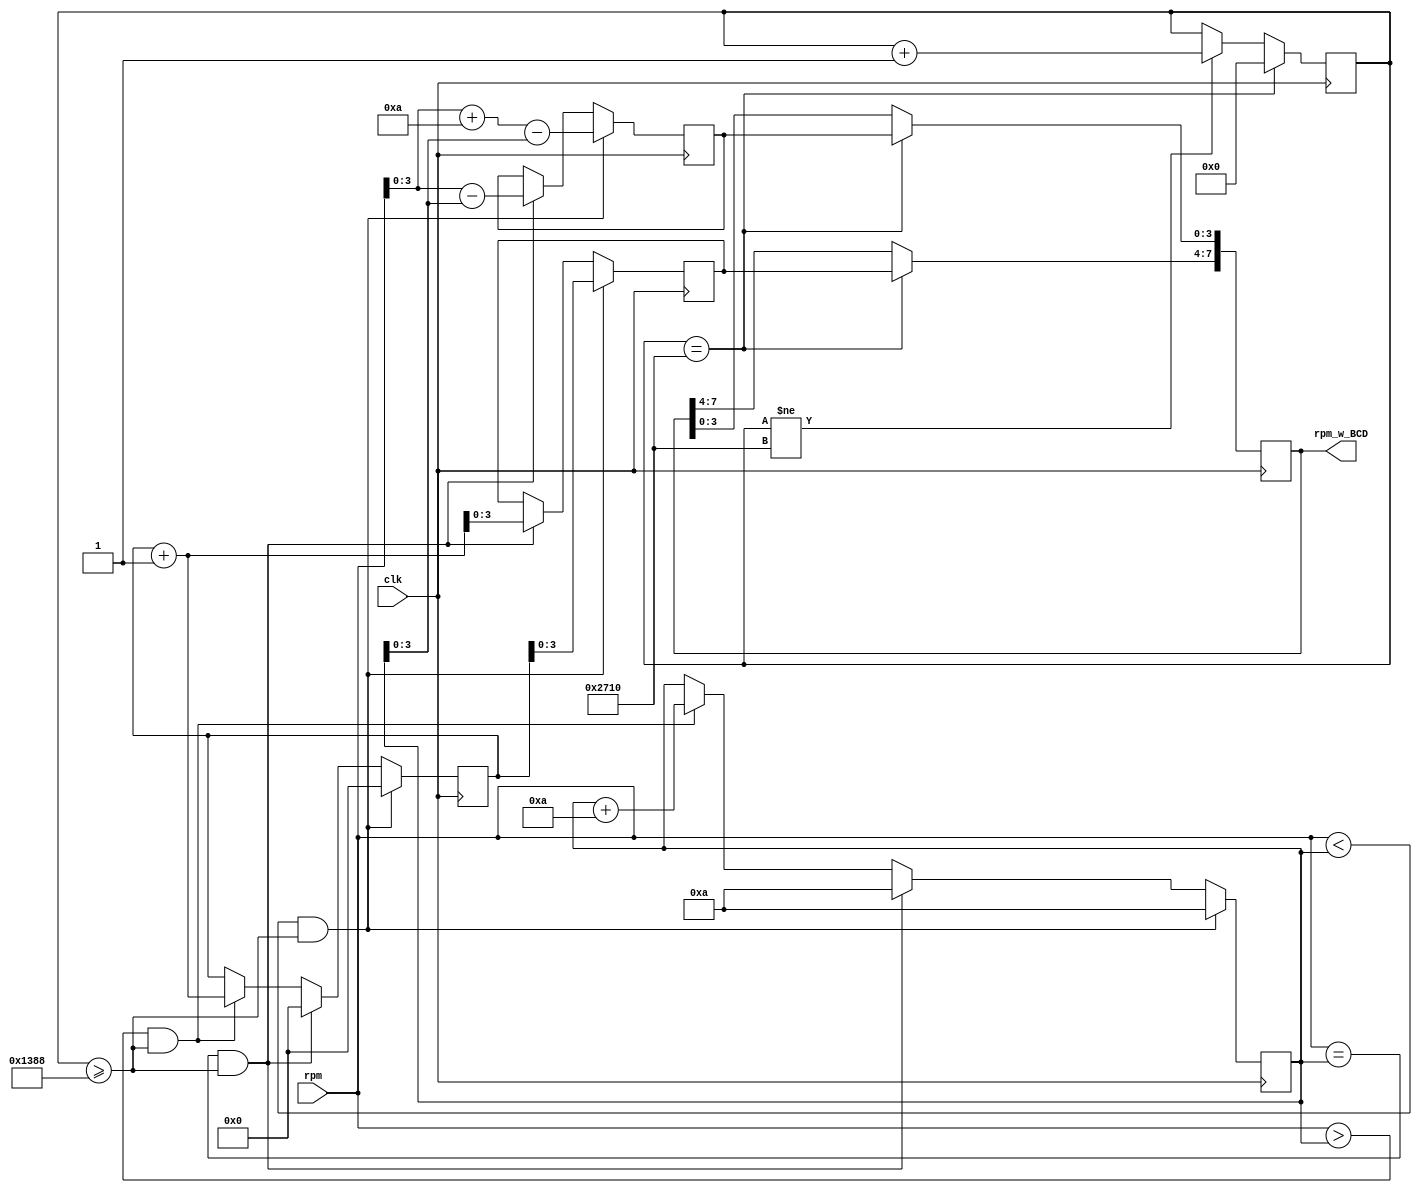
module zwracanie_digitow(
	input clk,
	input [6:0] rpm,
	output reg [7:0] rpm_w_BCD
    );
	 
	reg [6:0] wejsciowe_rpm;
	reg [6:0] dziesiatki = 0;
	reg [3:0] wynik_dla_jednosci;
	reg [3:0] wynik_dla_dziesiatek;
	reg [24:0] clock = 0;
	
	integer i = 10;
	
	
	always @(posedge clk) begin
		if(clock == 10000) begin
			rpm_w_BCD[7:4] <= wynik_dla_dziesiatek;
			rpm_w_BCD[3:0] <= wynik_dla_jednosci;
			clock <= 0;
		end
		else if (clock != 10000) begin
			clock <= clock + 1;
		end
		wejsciowe_rpm = rpm;
		if (rpm < i && clock >= 5000) begin
			wynik_dla_jednosci <= rpm + 10 - i;
			wynik_dla_dziesiatek <= dziesiatki;
			dziesiatki <= 0;
			i <= 10;
		end
		else if (rpm == i && clock >= 5000) begin
			wynik_dla_jednosci <= rpm - i;
			wynik_dla_dziesiatek <= dziesiatki + 1;
			dziesiatki <= 0;
			i <= 10;
		end
		else if (rpm > i && clock >= 5000) begin
			dziesiatki <= dziesiatki + 1;
			i <= i + 10;
		end
	end
endmodule